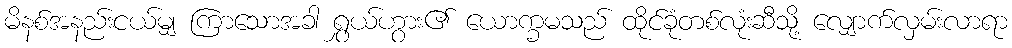
မိနစ်အနည်းငယ်မျှ ကြာသောအခါ ရွှယ်ဟွား၏ ယောက္ခမသည် ထိုင်ခုံတစ်လုံးဆီသို့ လျှောက်လှမ်းလာရာ